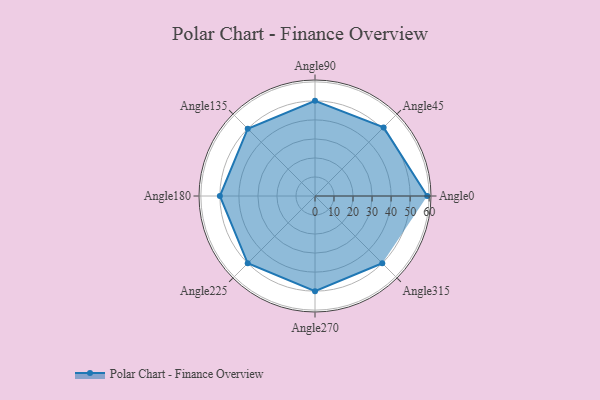
{"axis": {"x": "Angle", "y": "Radius"}, "legend": [""], "data": [{"x": "Angle0", "y": 59.0, "type": ""}, {"x": "Angle45", "y": 51.0, "type": ""}, {"x": "Angle90", "y": 50, "type": ""}, {"x": "Angle135", "y": 50, "type": ""}, {"x": "Angle180", "y": 50, "type": ""}, {"x": "Angle225", "y": 50, "type": ""}, {"x": "Angle270", "y": 50, "type": ""}, {"x": "Angle315", "y": 50, "type": ""}]}